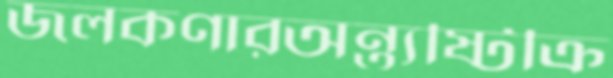
জলকণারঅন্ত্যষ্টিক্রি